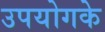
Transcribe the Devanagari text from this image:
उपयोगके